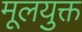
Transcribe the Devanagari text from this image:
मूलयुक्त